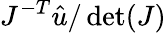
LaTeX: J^{-T}\hat{u}/\operatorname*{det}(J)